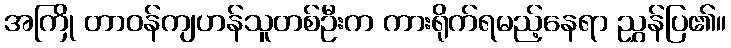
အကြို တာဝန်ကျဟန်သူတစ်ဦးက ကားရိုက်ရမည့်နေရာ ညွှန်ပြ၏။